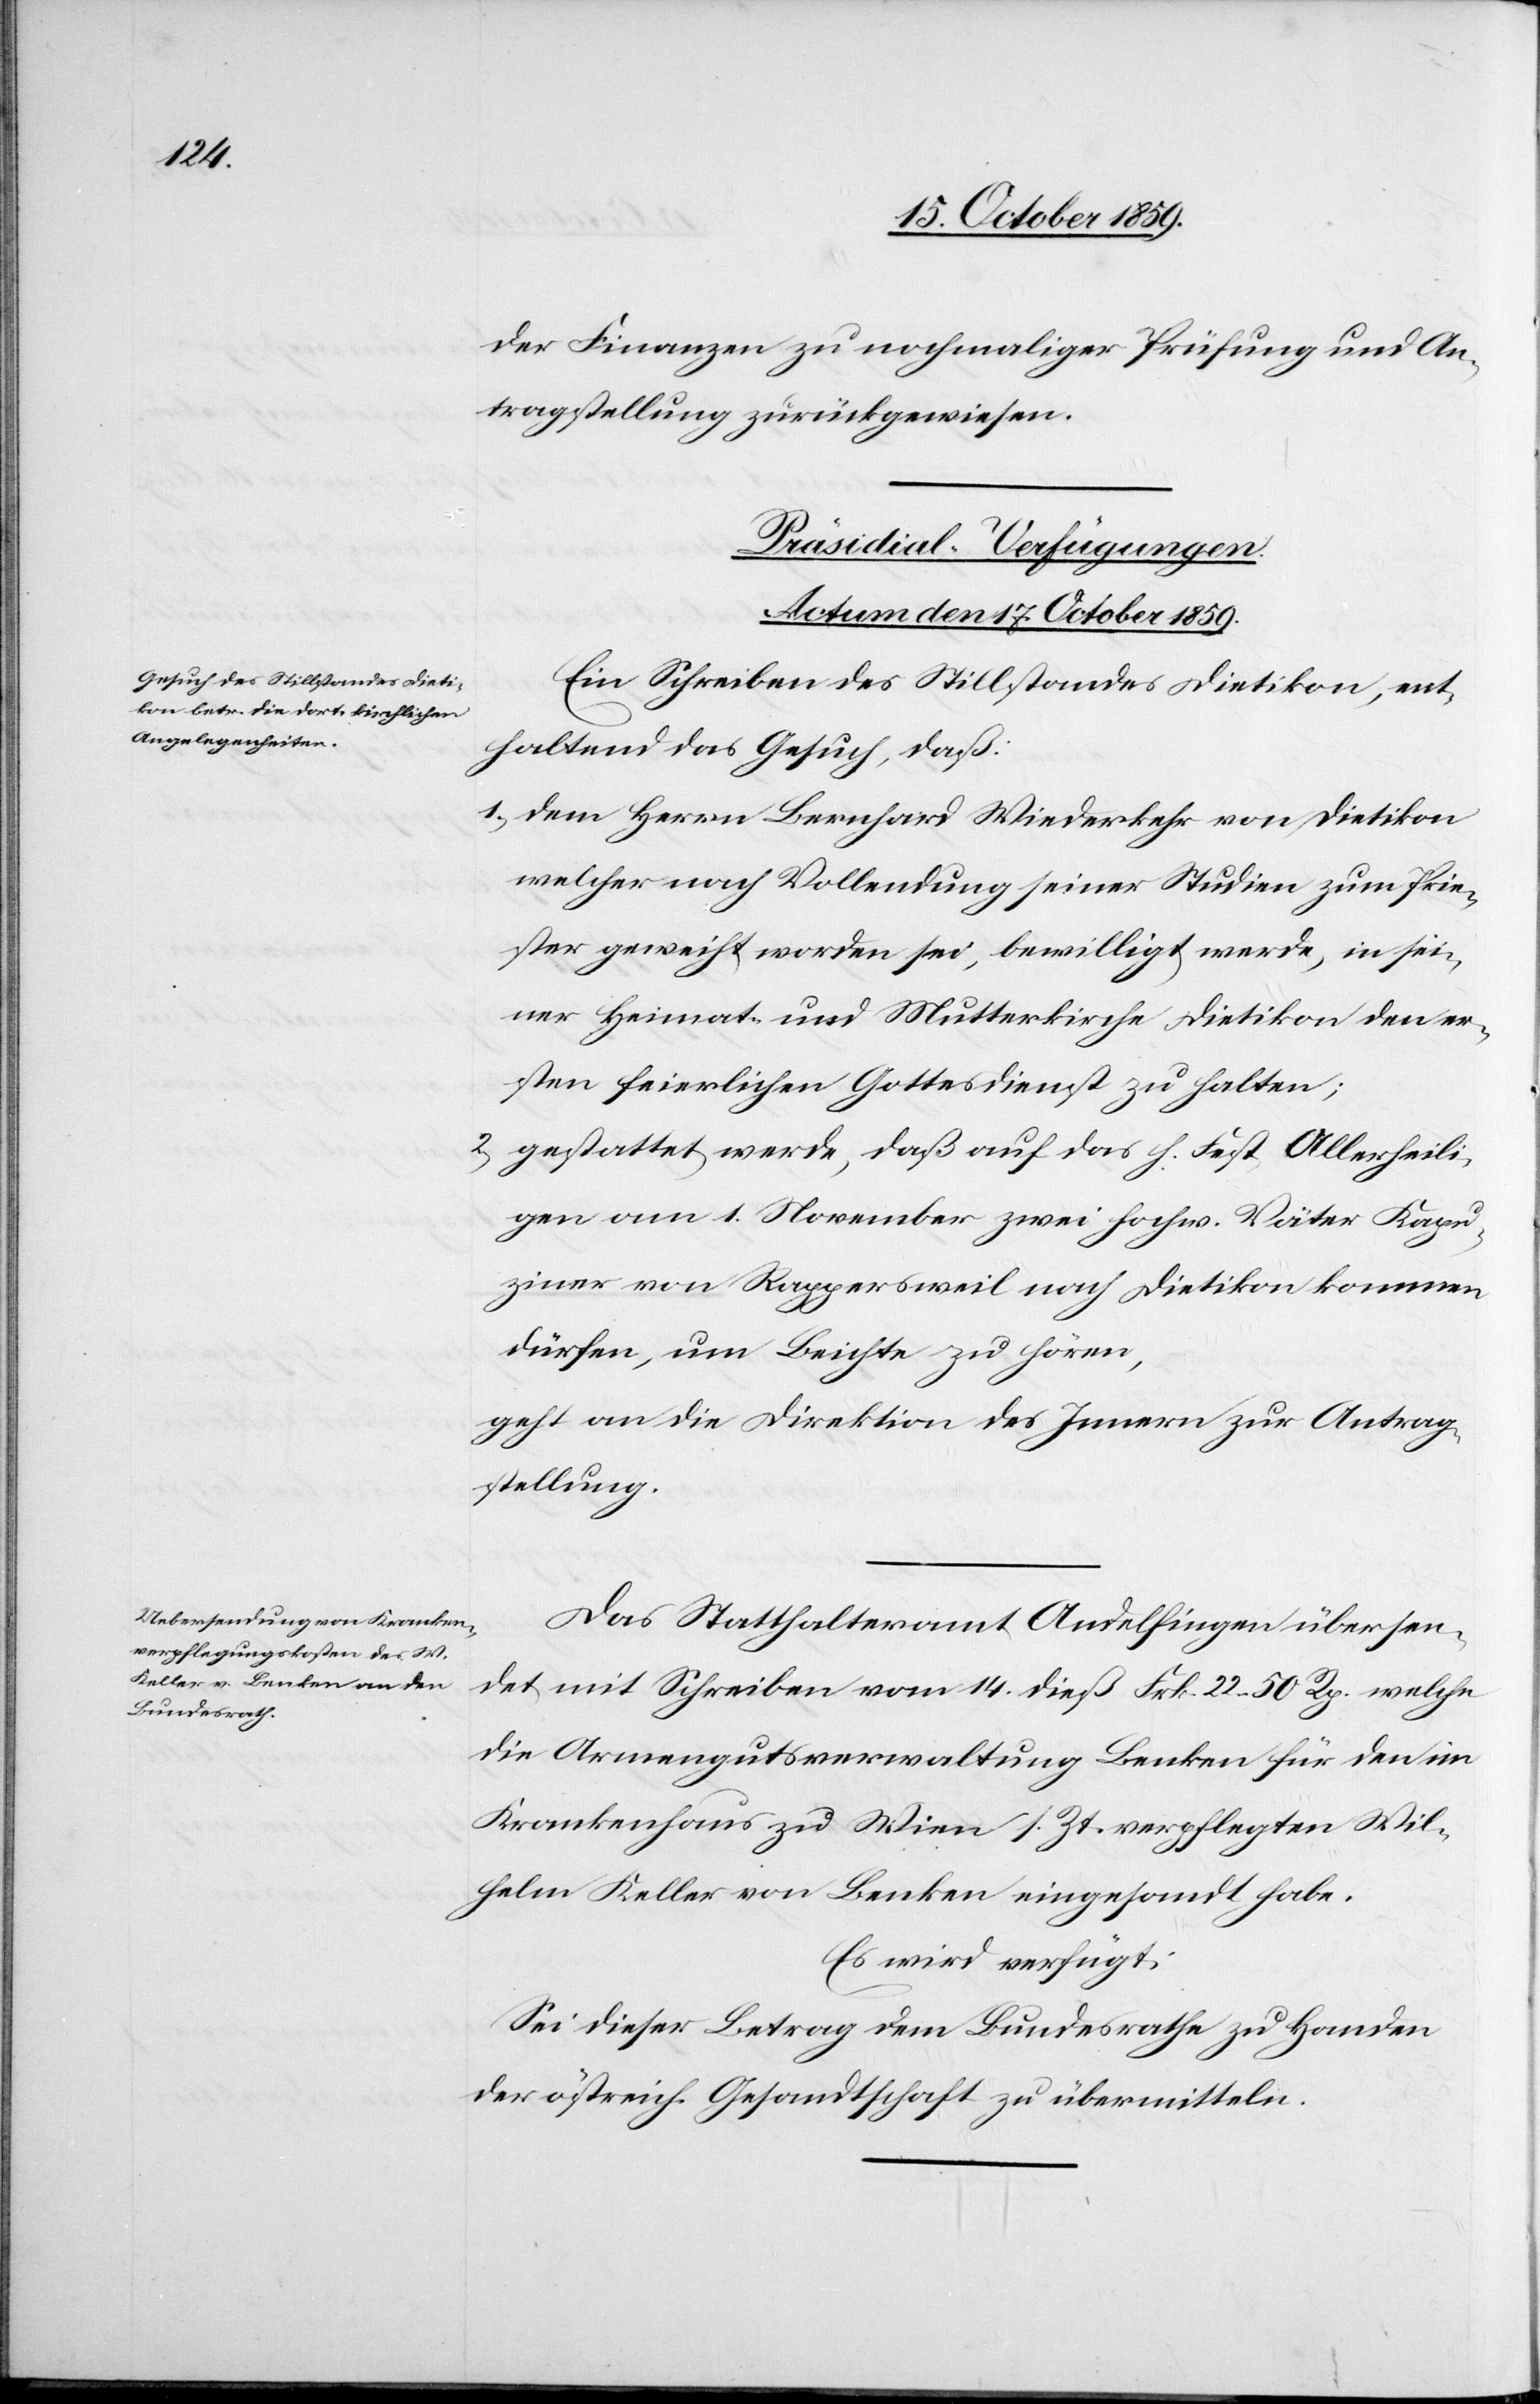
der Finanzen zu nochmaliger Prüfung und An¬
tragstellung zurückgewiesen.
[Präsidial-Verfügungen.
Actum den 17. October 1859.]
Ein Schreiben des Stillstandes Dietikon, ent¬
haltend das Gesuch, daß:
1) dem Herrn Bernhard Wiederkehr von Dietikon
welcher nach Vollendung seiner Studien zum Prie¬
ster geweiht worden sei, bewilligt werde, in sei¬
ner Heimat- und Mutterkirche Dietikon den er¬
sten feierlichen Gottesdienst zu halten;
2) gestattet werde, daß auf das h. Fest Allerheili¬
gen am 1. November zwei hochw. Väter Kapu¬
ziner von Rappersweil nach Dietikon kommen
dürfen, um Beichte zu hören,
geht an die Direktion des Innern zur Antrag¬
stellung.
Das Statthalteramt Andelfingen übersen¬
det mit Schreiben vom 14. dieß Frk. 22 50 Rp. welche
die Armengutsverwaltung Benken für den im
Krankenhaus zu Wien s. Zt. verpflegten Wil¬
helm Keller von Benken eingesandt habe.
Es wird verfügt:
Sei dieser Betrag dem Bundesrath zu Handen
der östreich. Gesandtschaft zu übermitteln.